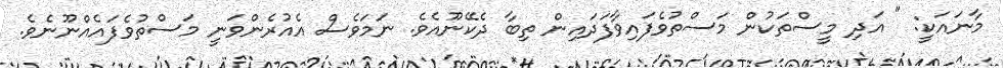
މާނައަކީ: " އަދި މީސްތަކުން މަސްތުވެފައިވާފަދައިން ތިބާ ދެކޭނޫއެވެ. ނަމަވެސް އެއުރެންވަނީ މަސްތުވެފައެއްނޫނެވެ.